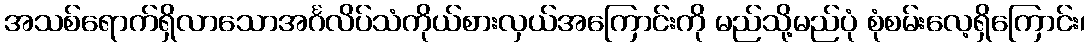
အသစ်ရောက်ရှိလာသောအင်္ဂလိပ်သံကိုယ်စားလှယ်အကြောင်းကို မည်သို့မည်ပုံ စုံစမ်းလေ့ရှိကြောင်း၊